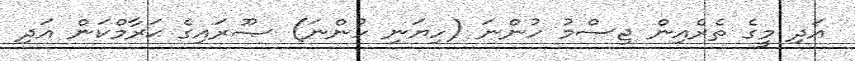
އަދި މީގެ ތެރެއިން ޖިސްމު ހުންނަ (ހިޔަނި ހުންނަ) ޞޫރައިގެ ޙަރާމްކަން އަދި